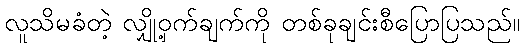
လူသိမခံတဲ့ လျှို့ဝှက်ချက်ကို တစ်ခုချင်းစီပြောပြသည်။